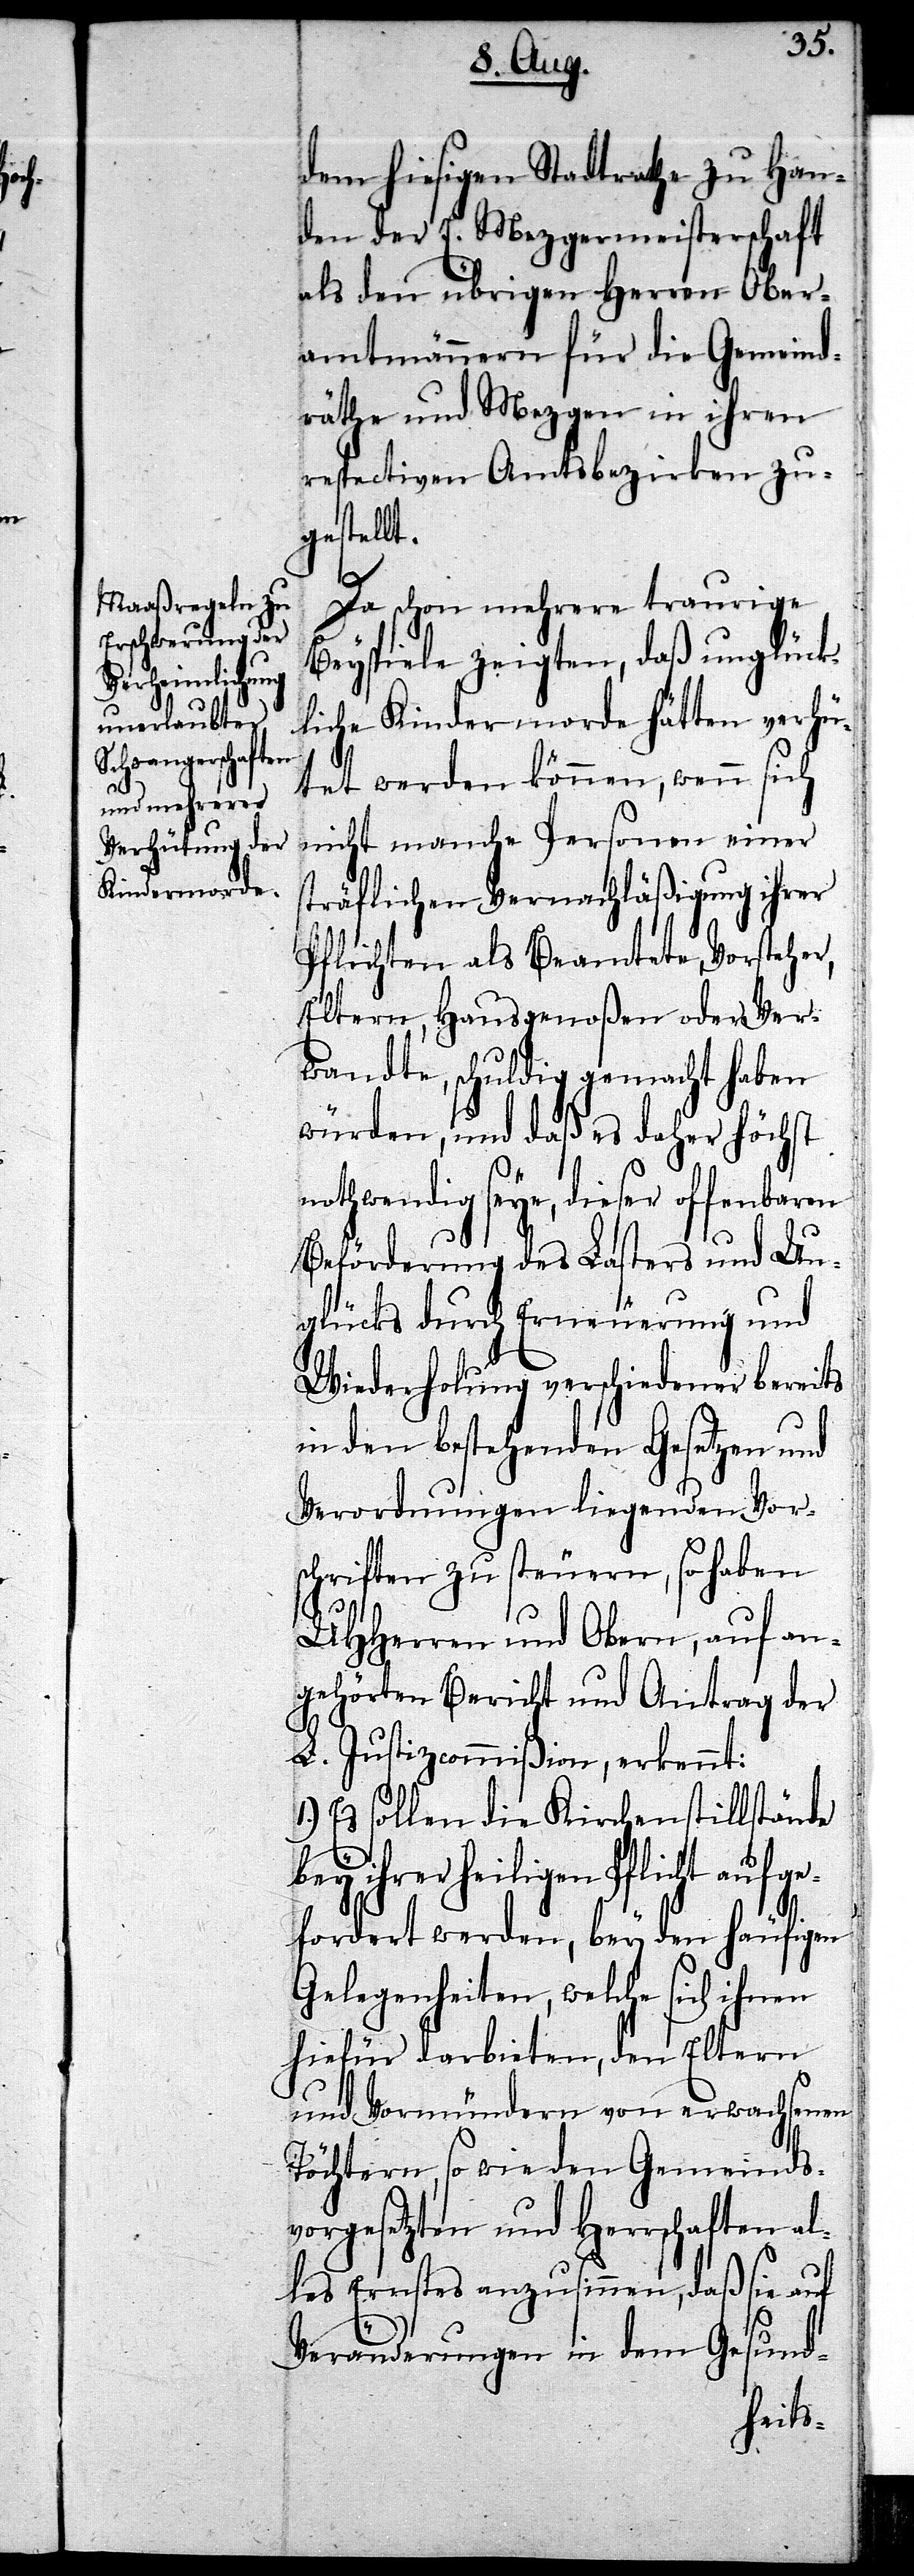
al¬

dem hiesigen Stadtrathe zu Han¬
den der E. Mezgermeisterschaft
als den übrigen Herren Ober¬
amtmännern für die Gemeind¬
räthe und Mezgen in ihren
respectiven Amtsbezirken zu¬
gestellt.
Da schon mehrere traurige
Beyspiele zeigten, daß unglück¬
liche Kindermorde hätten verhü¬
tet werden können, wenn sich
nicht manche Personen einer
sträflichen Vernachläßigung ihrer
Pflichten als Beamtete, Vorsteher,
Eltern, Hausgenoßen oder Ver¬
wandte, schuldig gemacht haben
würden, und daß es daher höchst
nothwendig seye, dieser offenbaren
Beförderung des Lasters und Un¬
glücks durch Erneuerung und
Wiederholung verschiedener bereits
in den bestehenden Gesetzen und
Verordnungen liegenden Vor¬
schriften zu steuern, so haben
UHHerren und Obern, auf an¬
gehörten Bericht und Antrag der
L. Justizcommißion, erkennt:
Es sollen die Kirchenstillstände
bey ihrer heiligen Pflicht aufge¬
fordert werden, bey den häufigen
Gelegenheiten, welche sich ihnen
hiefür darbieten, den Eltern
und Vormündern von erwachsenen
Töchtern, so wie den Gemeinds¬
vorgesetzten und Herrschaften
les Ernstes anzusinnen, daß sie auf
Veränderungen in dem Gesund-